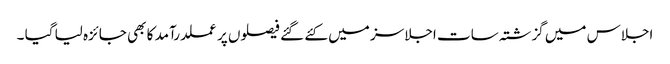
اجلاس میں گزشتہ سات اجلاسز میں کئے گئے فیصلوں پر عملدرآمد کا بھی جائزہ لیا گیا ۔